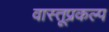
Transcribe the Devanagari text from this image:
वास्तूप्रकल्प